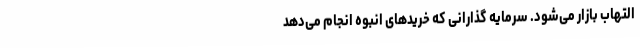
التهاب بازار می‌شود. سرمایه گذارانی که خریدهای انبوه انجام می‌دهد